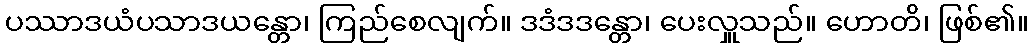
ပဿာဒယံပသာဒယန္တော၊ ကြည်စေလျက်။ ဒဒံဒဒန္တော၊ ပေးလှူသည်။ ဟောတိ၊ ဖြစ်၏။